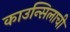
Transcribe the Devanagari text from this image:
काउन्सिलाची